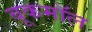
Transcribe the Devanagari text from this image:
बूकमॉल